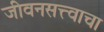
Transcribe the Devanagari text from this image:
जीवनसत्त्वाचा